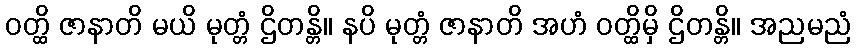
ဝတ္ထိ ဇာနာတိ မယိ မုတ္တံ ဌိတန္တိ။ နပိ မုတ္တံ ဇာနာတိ အဟံ ဝတ္ထိမှိ ဌိတန္တိ။ အညမညံ